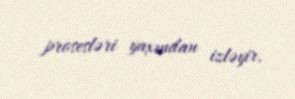
prosesləri yaxından izləyir.